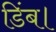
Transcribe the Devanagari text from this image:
डिंब।